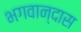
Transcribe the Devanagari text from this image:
भगवान्दास